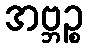
အဗ္ဘဉ္စ